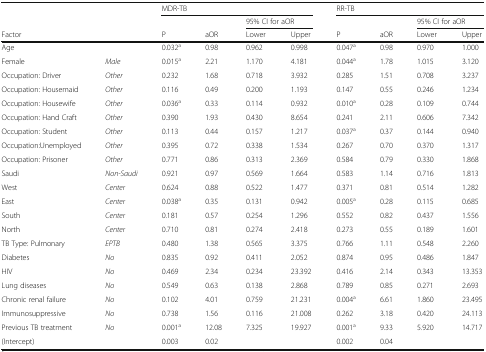
<table><thead><tr><td></td><td></td><td colspan="4"><b>MDR-TB</b></td><td colspan="4"><b>RR-TB</b></td></tr><tr><td></td><td></td><td></td><td></td><td colspan="2"><b>95% CI for aOR</b></td><td></td><td></td><td colspan="2"><b>95% CI for aOR</b></td></tr><tr><td><b>Factor</b></td><td></td><td><b>P</b></td><td><b>aOR</b></td><td><b>Lower</b></td><td><b>Upper</b></td><td><b>P</b></td><td><b>aOR</b></td><td><b>Lower</b></td><td><b>Upper</b></td></tr></thead><tbody><tr><td>Age</td><td></td><td>0.032<sup>a</sup></td><td>0.98</td><td>0.962</td><td>0.998</td><td>0.047<sup>a</sup></td><td>0.98</td><td>0.970</td><td>1.000</td></tr><tr><td>Female</td><td><i>Male</i></td><td>0.015<sup>a</sup></td><td>2.21</td><td>1.170</td><td>4.181</td><td>0.044<sup>a</sup></td><td>1.78</td><td>1.015</td><td>3.120</td></tr><tr><td>Occupation: Driver</td><td><i>Other</i></td><td>0.232</td><td>1.68</td><td>0.718</td><td>3.932</td><td>0.285</td><td>1.51</td><td>0.708</td><td>3.237</td></tr><tr><td>Occupation: Housemaid</td><td><i>Other</i></td><td>0.116</td><td>0.49</td><td>0.200</td><td>1.193</td><td>0.147</td><td>0.55</td><td>0.246</td><td>1.234</td></tr><tr><td>Occupation: Housewife</td><td><i>Other</i></td><td>0.036<sup>a</sup></td><td>0.33</td><td>0.114</td><td>0.932</td><td>0.010<sup>a</sup></td><td>0.28</td><td>0.109</td><td>0.744</td></tr><tr><td>Occupation: Hand Craft</td><td><i>Other</i></td><td>0.390</td><td>1.93</td><td>0.430</td><td>8.654</td><td>0.241</td><td>2.11</td><td>0.606</td><td>7.342</td></tr><tr><td>Occupation: Student</td><td><i>Other</i></td><td>0.113</td><td>0.44</td><td>0.157</td><td>1.217</td><td>0.037<sup>a</sup></td><td>0.37</td><td>0.144</td><td>0.940</td></tr><tr><td>Occupation:Unemployed</td><td><i>Other</i></td><td>0.395</td><td>0.72</td><td>0.338</td><td>1.534</td><td>0.267</td><td>0.70</td><td>0.370</td><td>1.317</td></tr><tr><td>Occupation: Prisoner</td><td><i>Other</i></td><td>0.771</td><td>0.86</td><td>0.313</td><td>2.369</td><td>0.584</td><td>0.79</td><td>0.330</td><td>1.868</td></tr><tr><td>Saudi</td><td><i>Non-Saudi</i></td><td>0.921</td><td>0.97</td><td>0.569</td><td>1.664</td><td>0.583</td><td>1.14</td><td>0.716</td><td>1.813</td></tr><tr><td>West</td><td><i>Center</i></td><td>0.624</td><td>0.88</td><td>0.522</td><td>1.477</td><td>0.371</td><td>0.81</td><td>0.514</td><td>1.282</td></tr><tr><td>East</td><td><i>Center</i></td><td>0.038<sup>a</sup></td><td>0.35</td><td>0.131</td><td>0.942</td><td>0.005<sup>a</sup></td><td>0.28</td><td>0.115</td><td>0.685</td></tr><tr><td>South</td><td><i>Center</i></td><td>0.181</td><td>0.57</td><td>0.254</td><td>1.296</td><td>0.552</td><td>0.82</td><td>0.437</td><td>1.556</td></tr><tr><td>North</td><td><i>Center</i></td><td>0.710</td><td>0.81</td><td>0.274</td><td>2.418</td><td>0.273</td><td>0.55</td><td>0.189</td><td>1.601</td></tr><tr><td>TB Type: Pulmonary</td><td><i>EPTB</i></td><td>0.480</td><td>1.38</td><td>0.565</td><td>3.375</td><td>0.766</td><td>1.11</td><td>0.548</td><td>2.260</td></tr><tr><td>Diabetes</td><td><i>No</i></td><td>0.835</td><td>0.92</td><td>0.411</td><td>2.052</td><td>0.874</td><td>0.95</td><td>0.486</td><td>1.847</td></tr><tr><td>HIV</td><td><i>No</i></td><td>0.469</td><td>2.34</td><td>0.234</td><td>23.392</td><td>0.416</td><td>2.14</td><td>0.343</td><td>13.353</td></tr><tr><td>Lung diseases</td><td><i>No</i></td><td>0.549</td><td>0.63</td><td>0.138</td><td>2.868</td><td>0.789</td><td>0.85</td><td>0.271</td><td>2.693</td></tr><tr><td>Chronic renal failure</td><td><i>No</i></td><td>0.102</td><td>4.01</td><td>0.759</td><td>21.231</td><td>0.004<sup>a</sup></td><td>6.61</td><td>1.860</td><td>23.495</td></tr><tr><td>Immunosuppressive</td><td><i>No</i></td><td>0.738</td><td>1.56</td><td>0.116</td><td>21.008</td><td>0.262</td><td>3.18</td><td>0.420</td><td>24.113</td></tr><tr><td>Previous TB treatment</td><td><i>No</i></td><td>0.001<sup>a</sup></td><td>12.08</td><td>7.325</td><td>19.927</td><td>0.001<sup>a</sup></td><td>9.33</td><td>5.920</td><td>14.717</td></tr><tr><td>(Intercept)</td><td></td><td>0.003</td><td>0.02</td><td></td><td></td><td>0.002</td><td>0.04</td><td></td><td></td></tr></tbody></table>